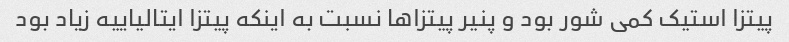
پیتزا استیک کمی شور بود و پنیر پیتزاها نسبت به اینکه پیتزا ایتالیاییه زیاد بود